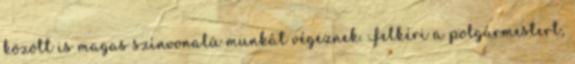
között is magas színvonalú munkát végeznek. Felkéri a polgármestert,